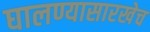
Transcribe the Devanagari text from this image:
घालण्यासारखेच